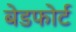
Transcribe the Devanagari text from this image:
बेडफोर्ट